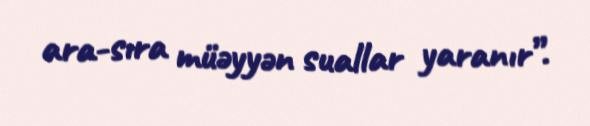
ara-sıra müəyyən suallar yaranır”.